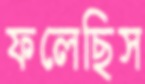
ফলেছিস